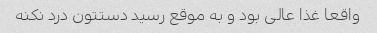
واقعا غذا عالی بود و به موقع رسید دستتون درد نکنه